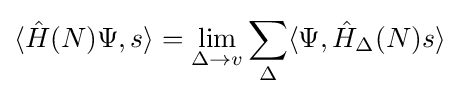
\langle {\hat {H}}(N)\Psi ,s\rangle =\lim _{\Delta \rightarrow v}\sum _{\Delta }\langle \Psi ,{\hat {H}}_{\Delta }(N)s\rangle